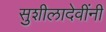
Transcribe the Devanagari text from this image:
सुशीलादेवींनी